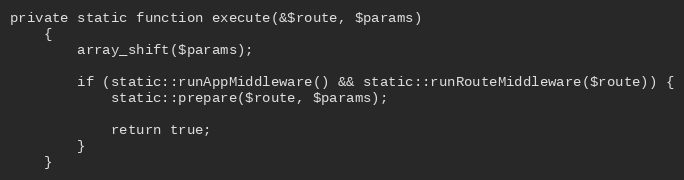
Language: PHP
private static function execute(&$route, $params)
    {
        array_shift($params);

        if (static::runAppMiddleware() && static::runRouteMiddleware($route)) {
            static::prepare($route, $params);

            return true;
        }
    }